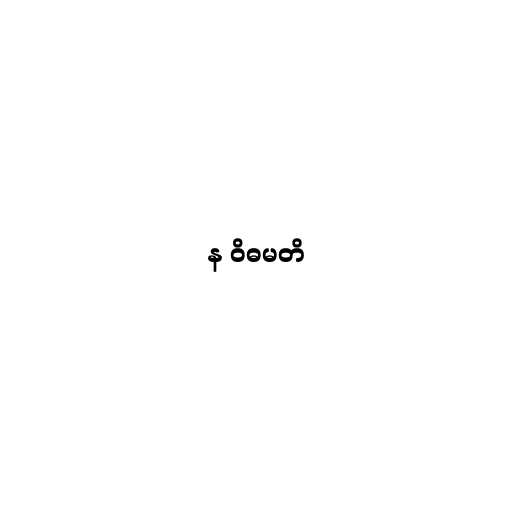
န ဝိဓမတိ